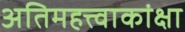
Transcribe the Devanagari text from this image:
अतिमहत्त्वाकांक्षा